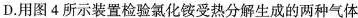
D.用图4所示装置检验氯化铵受热分解生成的两种气体